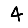
Digit: 4